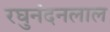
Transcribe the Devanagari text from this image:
रघुनंदनलाल